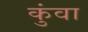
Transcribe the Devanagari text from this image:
कुंवा